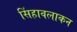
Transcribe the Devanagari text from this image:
सिंहावलाकन